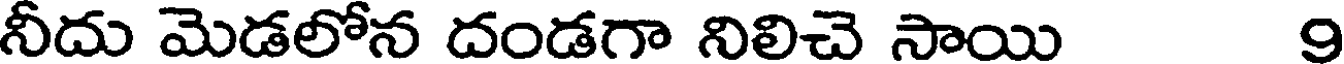
నీదు మెడలోన దండగా నిలిచె సాయి 9